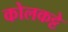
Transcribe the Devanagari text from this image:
कोलकट्टे